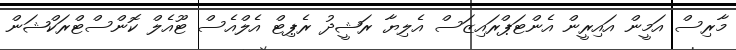
މާރިސް އަމީން އައިރީން އެންޓަޕްރައިޒަސް އެލިޔާ ރަޝީދު ރެޕިޓް އެލްއެސް ޓޫއެލް ކޮންސްޓްރަކްޝަން